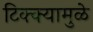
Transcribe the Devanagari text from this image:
टिक्क्यामुळे